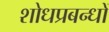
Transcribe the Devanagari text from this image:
शोधप्रबन्धों